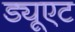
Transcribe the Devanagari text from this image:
ड्यूएट